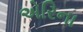
એરિના